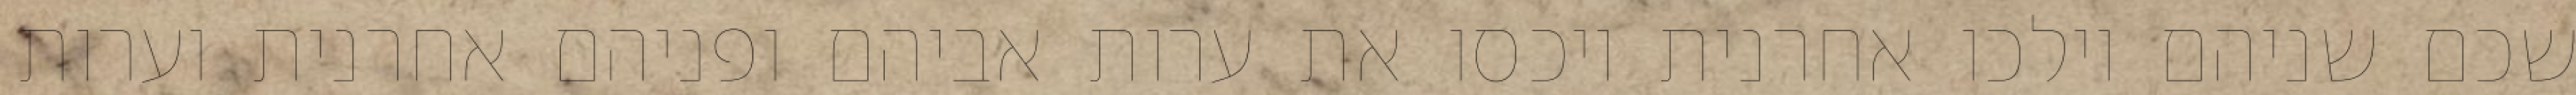
שכם שניהם וילכו אחרנית ויכסו את ערות אביהם ופניהם אחרנית וערות